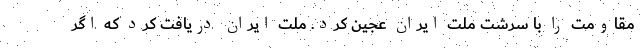
مقاومت را با سرشت ملت ایران عجین کرد. ملت ایران دریافت کرد که اگر